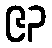
၉၃